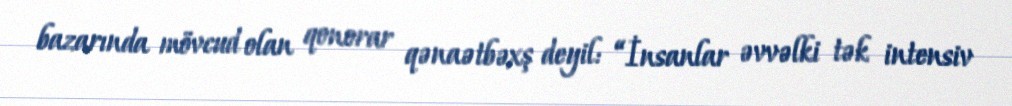
bazarında mövcud olan qonorar qənaətbəxş deyil: “İnsanlar əvvəlki tək intensiv